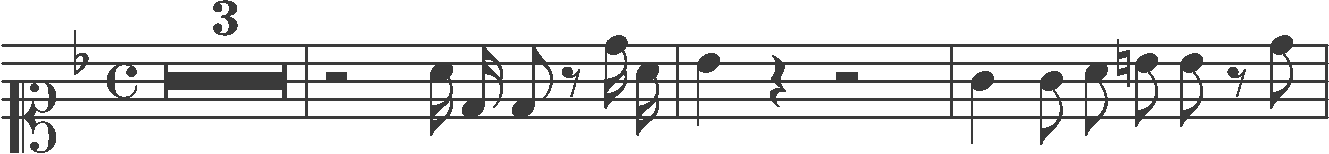
Transcription: clef-C1 keySignature-FM timeSignature-C multirest-3 barline rest-half note-A4_sixteenth note-D4_sixteenth note-D4_eighth rest-eighth note-D5_sixteenth note-A4_sixteenth barline note-Bb4_quarter rest-quarter rest-half barline note-G4_quarter note-G4_eighth note-A4_eighth note-B4_eighth note-Bb4_eighth rest-eighth note-D5_eighth barline